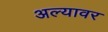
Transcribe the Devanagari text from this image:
अल्यावर